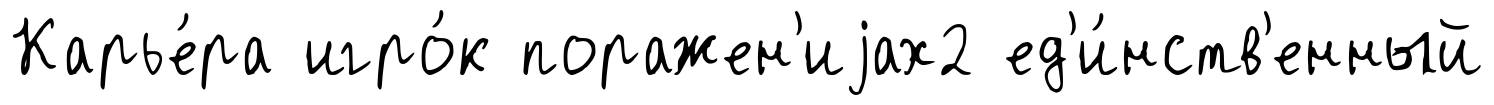
Карье́ра игро́к поражен'иjах2 ед'и́нств'енный